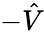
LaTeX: -\hat{V}